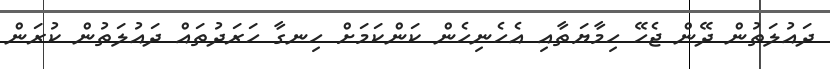
ދައުލަތުން ދޭން ޖެހޭ ހިމާޔަތާއި އެހެނިހެން ކަންކަމަށް ހިނގާ ހަރަދުތައް ދައުލަތުން ކުރަން